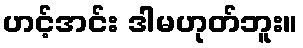
ဟင့်အင်း ဒါမဟုတ်ဘူး။